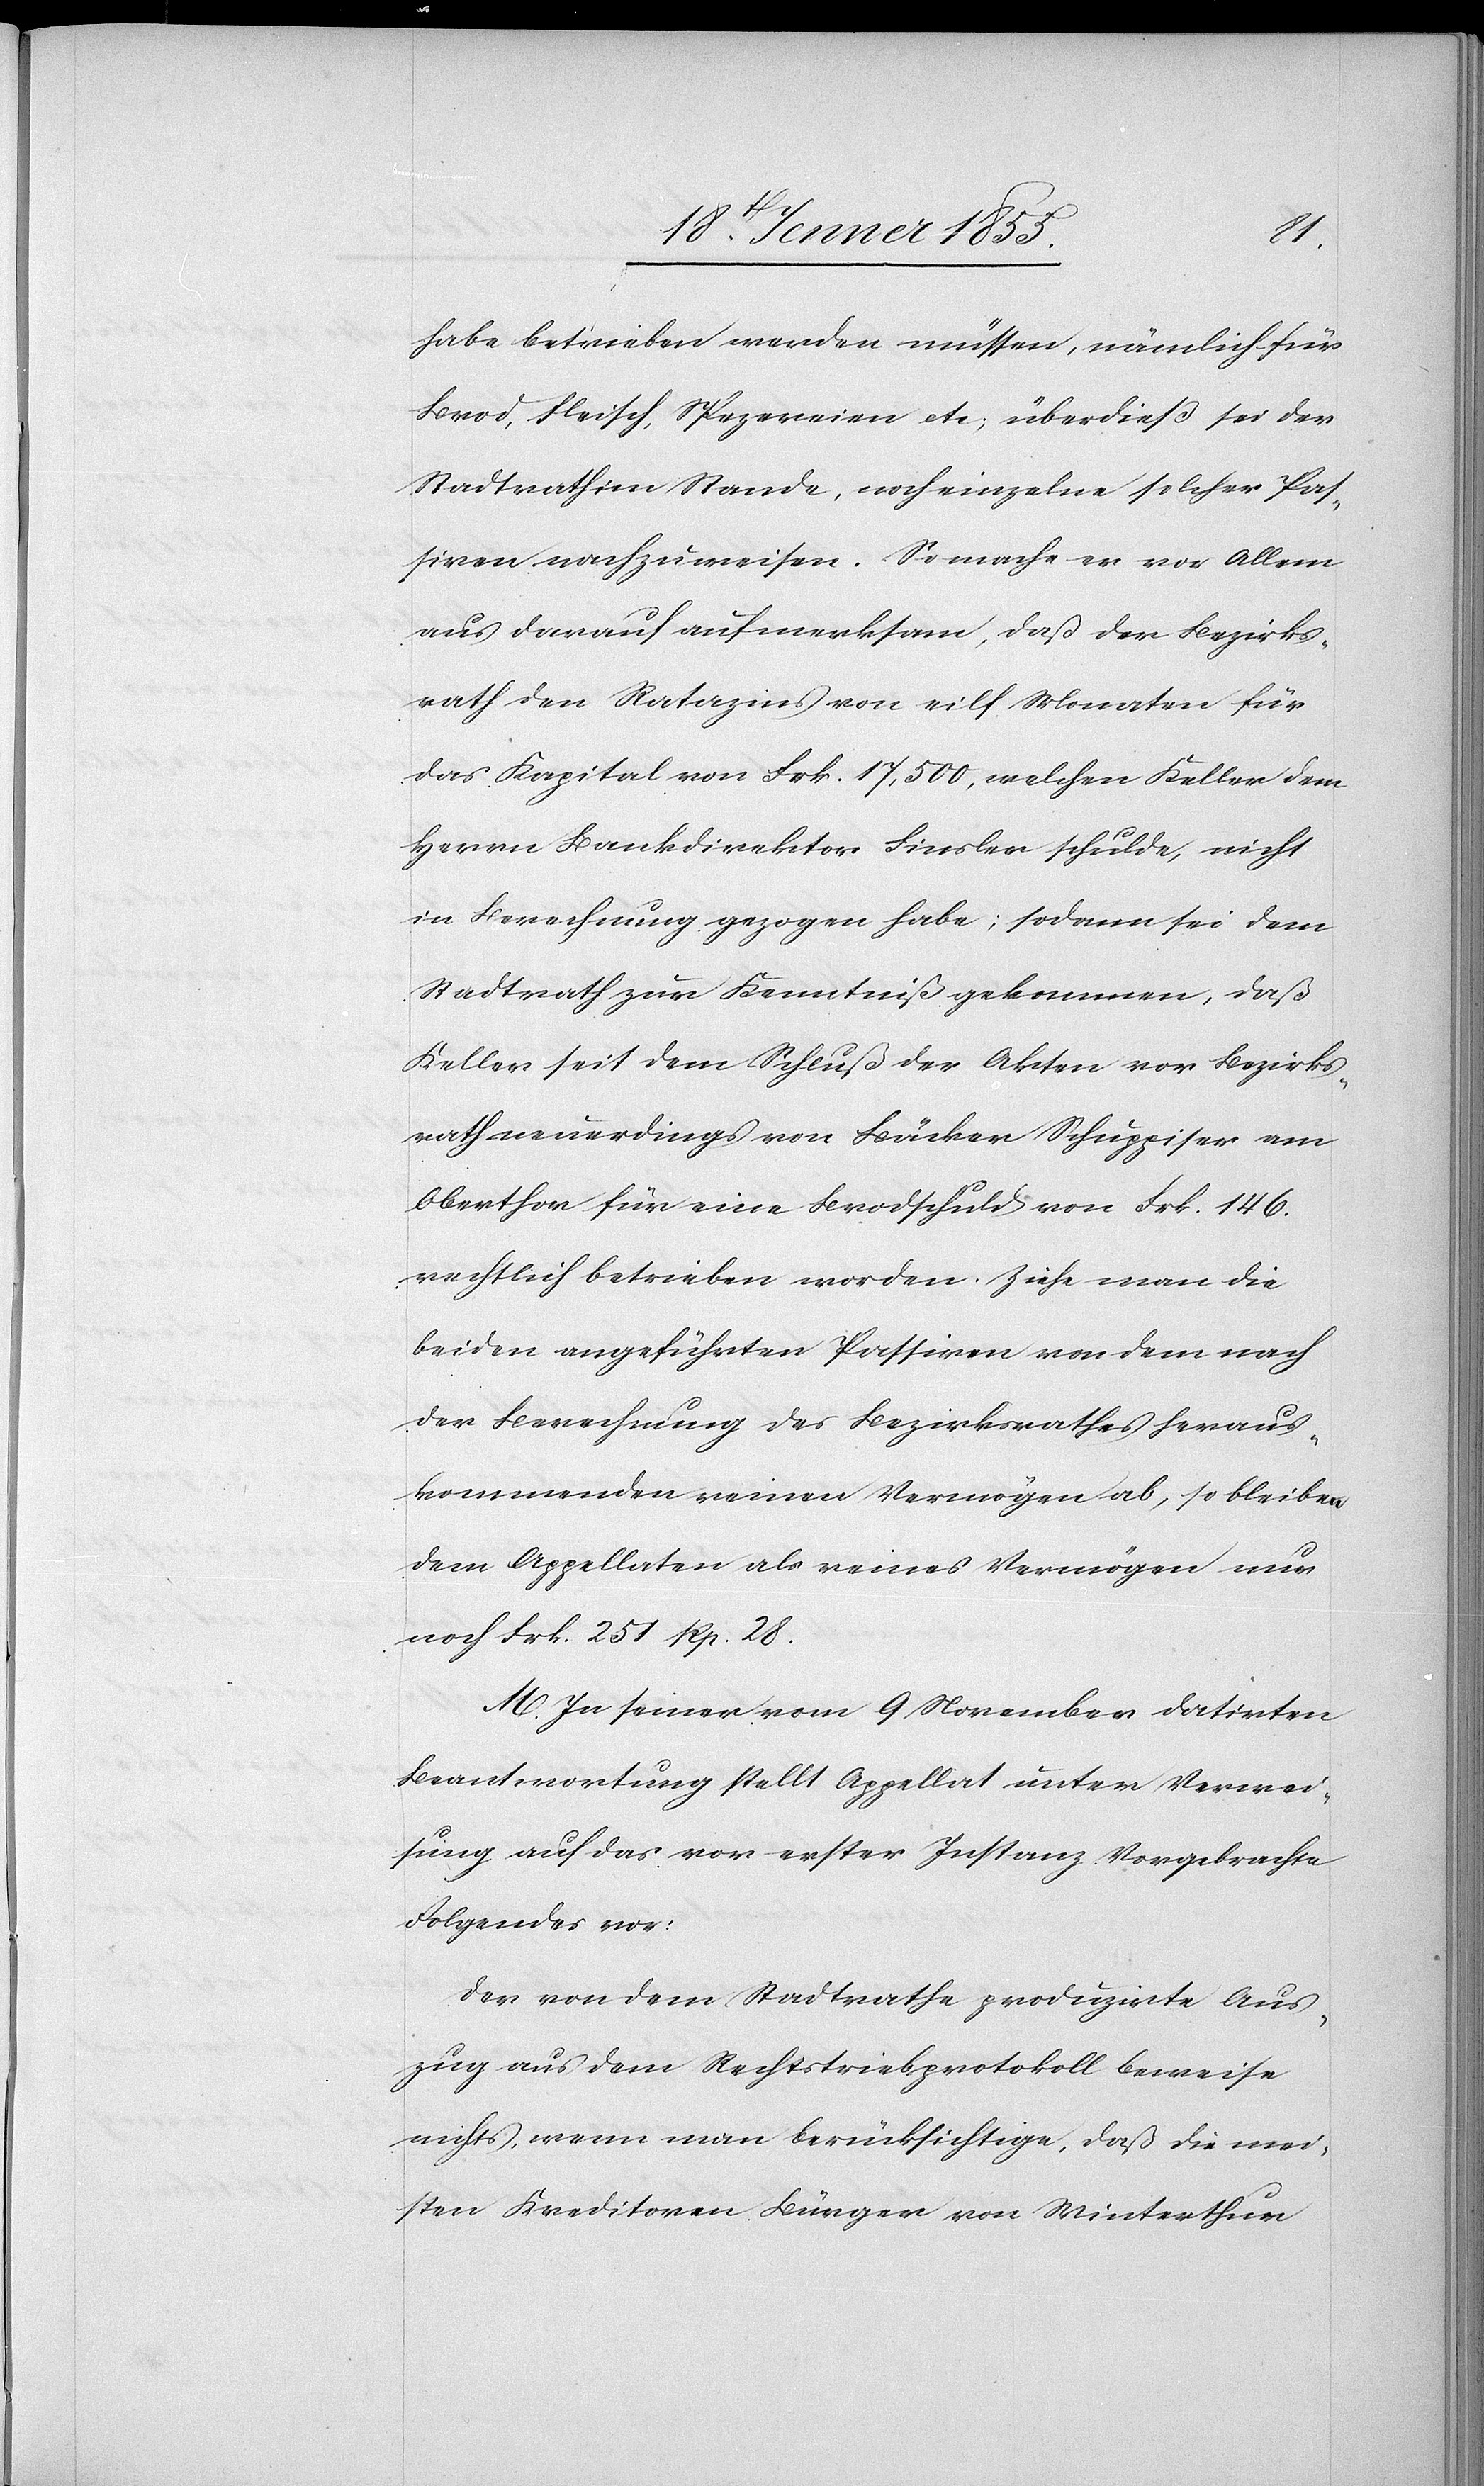
habe betrieben werden müssen, nämlich für
Brod, Fleisch, Spezereien etc; überdieß sei der
Stadtrath im Stande, noch einzelne solcher Pas¬
siven nachzuweisen. So mache er vor Allem
aus darauf aufmerksam, daß der Bezirks¬
rath den Ratazins von eilf Monaten für
das Kapital von Frk. 17,500, welchen Keller dem
Herrn Bankdirektor Finsler schulde, nicht
in Berechnung gezogen habe; sodann sei dem
Stadtrath zur Kenntniß gekommen, daß
Keller seit dem Schluß der Akten vor Bezirks¬
rath neuerdings von Bäcker Schuppiser am
Oberthor für eine Brodschuld von Frk. 146.
rechtlich betrieben worden. Ziehe man die
beiden angeführten Passiven von dem nach
der Berechnung des Bezirksrathes heraus¬
kommenden reinen Vermögen ab, so bleiben
dem Appellaten als reines Vermögen nur
noch Frk. 251 Rp. 28.
M. In seiner vom 9 November datirten
Beantwortung stellt Appellat unter Verwei¬
sung auf das vor erster Instanz Vorgebrachte
Folgendes vor:
Der von dem Stadtrathe produzirte Aus¬
zug aus dem Rechtstriebprotokoll beweise
nichts, wenn man berücksichtige, daß die mei¬
sten Kreditoren Bürger von Winterthur